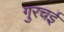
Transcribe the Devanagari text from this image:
गुरचई